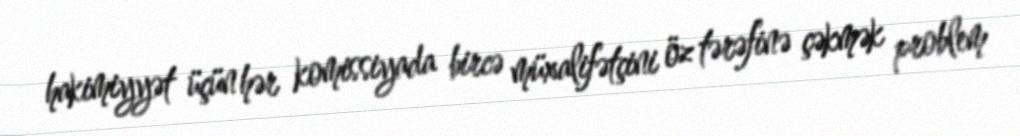
hakimiyyət üçün hər komissiyada bircə müxalifətçini öz tərəfinə çəkmək problem